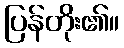
ပြန်တိုး၏။